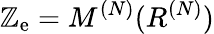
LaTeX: \mathbb{Z}_{\mathrm{{e}}}=M^{(N)}(R^{(N)})